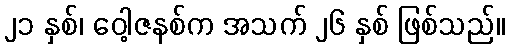
၂၁ နှစ်၊ ဝေါ့ဇနစ်က အသက် ၂၆ နှစ် ဖြစ်သည်။